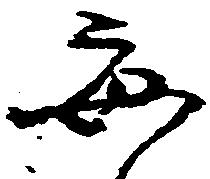
毎